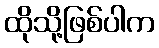
ထိုသို့ဖြစ်ပါက